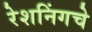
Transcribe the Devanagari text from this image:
रेशनिंगचे